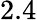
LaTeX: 2.4